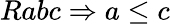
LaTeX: Rabc\Rightarrow a\leq c